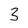
Character: 3